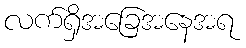
လက်ရှိအခြေအနေအရ